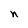
Character: n